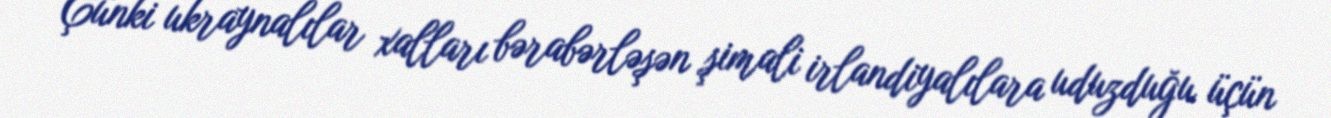
Çünki ukraynalılar xalları bərabərləşən şimali irlandiyalılara uduzduğu üçün